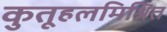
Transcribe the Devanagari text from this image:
कुतूहलमिश्रित